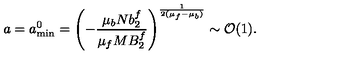
a = a _ { \mathrm { m i n } } ^ { 0 } = \left( - { \frac { \mu _ { b } N b _ { 2 } ^ { f } } { \mu _ { f } M B _ { 2 } ^ { f } } } \right) ^ { \frac { 1 } { 2 ( \mu _ { f } - \mu _ { b } ) } } \sim { \cal O } ( 1 ) .